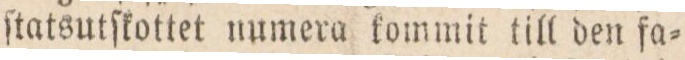
ſtatsutſkottet numera kommit till den fa=